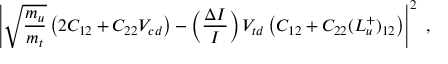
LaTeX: \left| \sqrt { \frac { m _ { u } } { m _ { t } } } \left( 2 C _ { 1 2 } + C _ { 2 2 } V _ { c d } \right) - \left( \frac { \Delta I } { I } \right) V _ { t d } \left( C _ { 1 2 } + C _ { 2 2 } ( L _ { u } ^ { + } ) _ { 1 2 } \right) \right| ^ { 2 } ~ ,